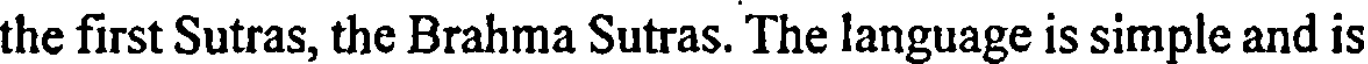
the first Sutras, the Brahma Sutras. The language is simple and is